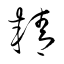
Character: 精